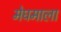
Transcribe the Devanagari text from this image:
मेघमाला